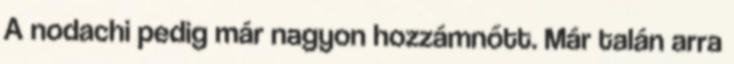
A nodachi pedig már nagyon hozzámnőtt. Már talán arra